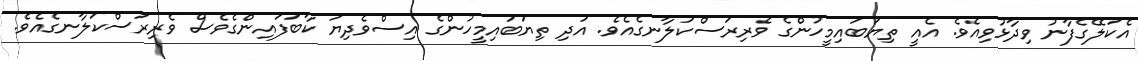
އެކަލޭގެފާނު ވިދާޅުވިއެވެ. އެއީ ތިޔަބައިމީހުންގެ ވެރިރަސްކަލާނގެއެވެ. އަދި ތިޔަބައިމީހުންގެ އިސްވެދިޔަ ކާބަފައިންގެވެސް ވެރިރަސްކަލާނގެއެވެ.